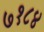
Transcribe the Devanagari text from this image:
७१८४